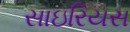
સાઇરિયસ